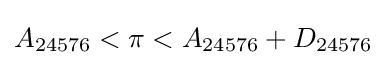
A_{24576}<\pi <A_{24576}+D_{24576}